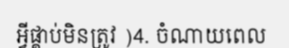
អ្វីផ្គាប់មិនត្រូវ )4. ចំណាយពេល